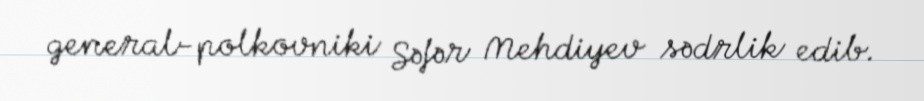
general-polkovniki Səfər Mehdiyev sədrlik edib.